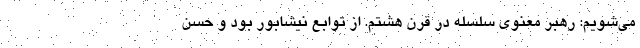
می‌شویم: رهبر معنوی سلسله در قرن هشتم. از توابع نیشابور بود و حسن